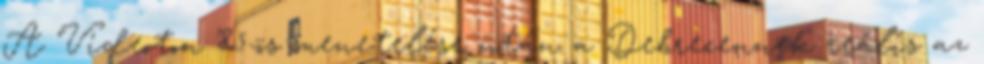
A Videoton '85-ös menetelése után a Debrecennek reális az